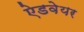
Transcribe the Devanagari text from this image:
ऐडवेयर